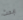
ابحث